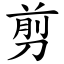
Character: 剪